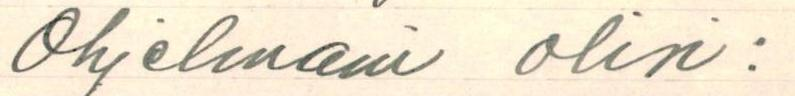
Ohjelmani olisi: